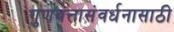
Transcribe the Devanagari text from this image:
गुणवत्तासंवर्धनासाठी